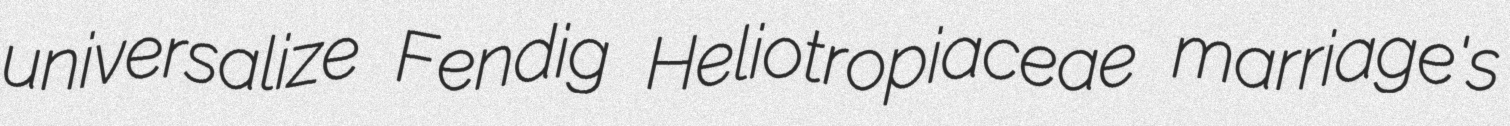
universalize Fendig Heliotropiaceae marriage's